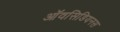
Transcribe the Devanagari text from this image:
ऑवसिडियनस